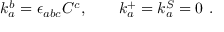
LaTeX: k _ { a } ^ { b } = \epsilon _ { a b c } C ^ { c } , \qquad k _ { a } ^ { + } = k _ { a } ^ { S } = 0 \ .